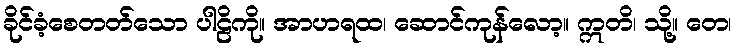
ခိုင်ခံ့စေတတ်သော ပါဠိကို။ အာဟရထ၊ ဆောင်ကုန်လော့။ ဣတိ၊ သို့။ တေ၊